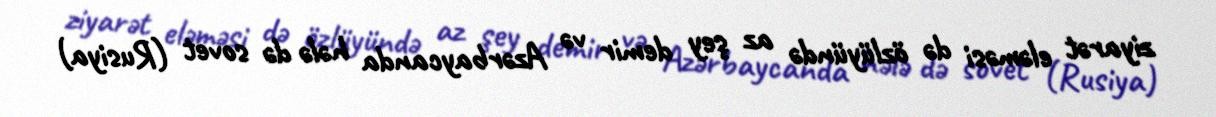
ziyarət eləməsi də özlüyündə az şey demir və Azərbaycanda hələ də sovet (Rusiya)